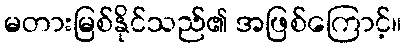
မတားမြစ်နိုင်သည်၏ အဖြစ်ကြောင့်။